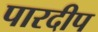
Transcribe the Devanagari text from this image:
पारदीप